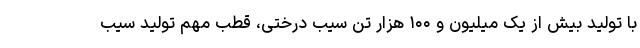
با تولید بیش از یک میلیون و ۱۰۰ هزار تن سیب درختی، قطب مهم تولید سیب